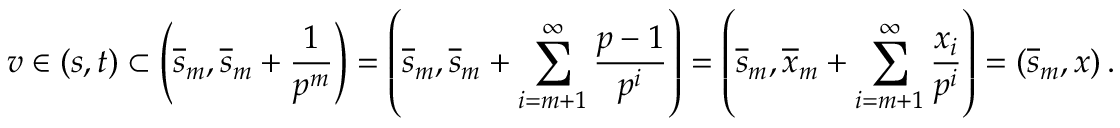
v \in \left( s , t \right) \subset \left( \overline { { s } } _ { m } , \overline { { s } } _ { m } + \frac { 1 } { p ^ { m } } \right) = \left( \overline { { s } } _ { m } , \overline { { s } } _ { m } + \sum _ { i = m + 1 } ^ { \infty } \frac { p - 1 } { p ^ { i } } \right) = \left( \overline { { s } } _ { m } , \overline { { x } } _ { m } + \sum _ { i = m + 1 } ^ { \infty } \frac { x _ { i } } { p ^ { i } } \right) = \left( \overline { { s } } _ { m } , x \right) .